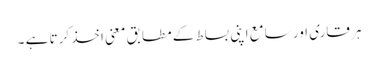
ہر قاری اور سامع اپنی بساط کے مطابق معنی اخذ کرتا ہے ۔